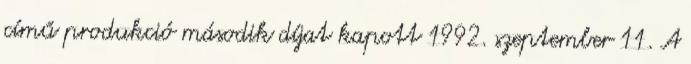
című produkció második díjat kapott 1992. szeptember 11. A